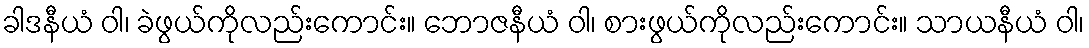
ခါဒနီယံ ဝါ၊ ခဲဖွယ်ကိုလည်းကောင်း။ ဘောဇနီယံ ဝါ၊ စားဖွယ်ကိုလည်းကောင်း။ သာယနီယံ ဝါ၊